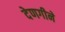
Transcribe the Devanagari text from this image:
देणगीने